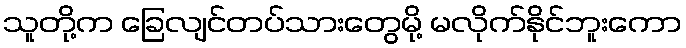
သူတို့က ခြေလျင်တပ်သားတွေမို့ မလိုက်နိုင်ဘူးကော